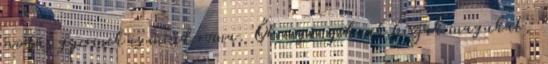
óvodás gyermek is mind roma. Ők cigányoknak hívják magukat,